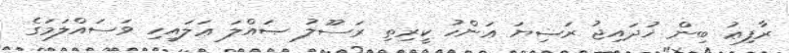
ރާފިޢު ބިން ޚުދައިޖު ރަޟިޔަ ޢަންހު ކީރިތި ރަސޫލު ޞައްލަ ޢަލައިހި ވަސައްލަމަގެ